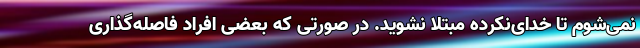
نمی‌شوم تا خدای‌نکرده مبتلا نشوید. در صورتی ‌که بعضی افراد فاصله‌گذاری